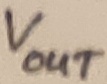
Text: VOUT